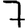
Digit: 7